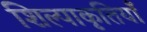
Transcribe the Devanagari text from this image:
शिल्पाकृतियाँ